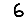
Digit: 6